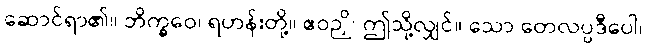
ဆောင်ရာ၏။ ဘိက္ခဝေ၊ ရဟန်းတို့။ ဧဝဉှိ၊ ဤသို့လျှင်။ သော တေလပ္ပဒီပေါ၊